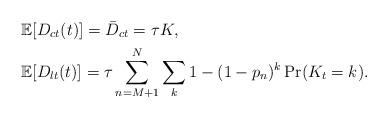
LaTeX: \begin{align*} &\mathbb{E}[D_{ct}(t)]=\bar D_{ct}=\tau K, \\ &\mathbb{E}[D_{lt}(t)]=\tau \sum\limits_{n=M+1}^{N}\sum\limits_{k} 1-(1-p_n)^k\Pr(K_t=k). \end{align*}